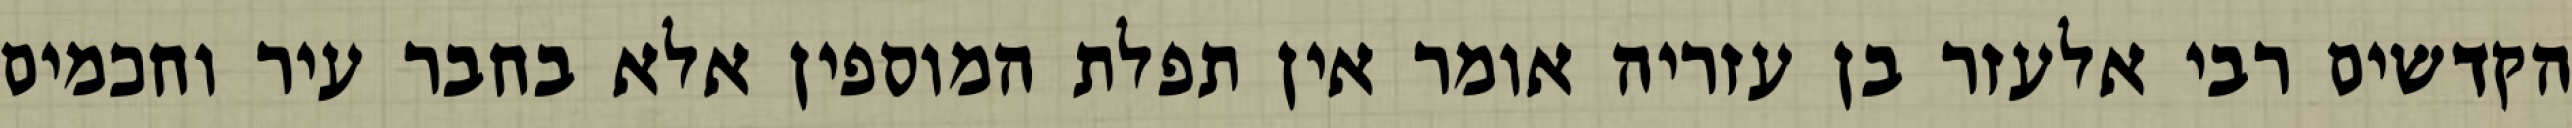
הקדשים רבי אלעזר בן עזריה אומר אין תפלת המוספין אלא בחבר עיר וחכמים